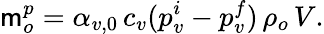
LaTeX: \mathsf{m}_{o}^{p}=\alpha_{v,0}\, c_{v}(p_{v}^{i}-p_{v}^{f})\, \rho_{o}\, V.